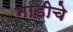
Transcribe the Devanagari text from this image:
नाडीचे